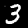
Digit: 3